Assam Mental Hospital (Tezpur, India) - 1933-1948
Year: 1933
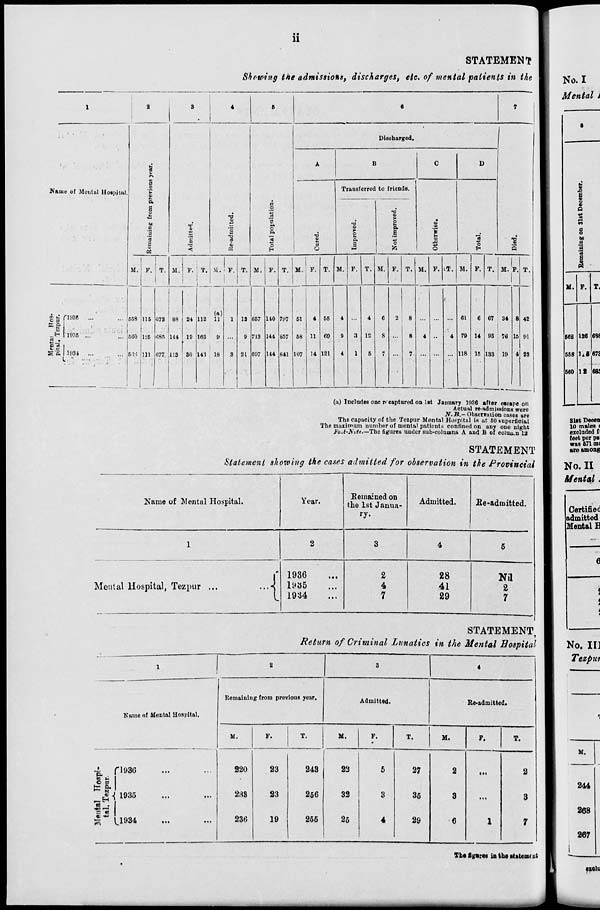
ii
STATEMENT
Showing the admissions, discharges, etc. of mental patients in the
1
Name of Mental Hospital.
Mental Hos-
pital, Tezpur.
1936 ... ...
1935 ... ...
1934 ... ...
2
Remaining from previous year.
M.
558
560
566
F.
115
125
111
T.
673
685
677
3
Admitted.
M.
88
144
113
F.
24
19
30
T.
112
163
143
4
Re-admitted.
M.
(a)
11
9
18
F.
1
...
3
T.
12
9
21
5
Total population.
M.
657
713
697
F.
140
144
144
T.
797
857
841
6
Discharged.
A
Cured.
M.
51
58
107
F.
4
11
14
T.
55
69
121
B
Transferred to friends.
Improved.
M.
4
9
4
F.
...
3
1
T.
4
12
5
Not improved.
M.
6
8
7
F.
2
...
...
T.
8
8
7
C
Otherwise.
M.
...
4
...
F.
...
...
...
T.
...
4
...
D
Total.
M.
61
79
118
F.
6
14
15
T.
67
93
133
7
Died.
M.
34
76
19
F.
8
15
4
T.
42
91
23
(a) Includes one recaptured on 1st January 1936 after escape on
Actual re-admissions were
N.B.—Observation cases are
The capacity of the Tezpur Mental Hospital is at 50 superficial
The maximum number of mental patients confined on any one night
Foot-Note.—The figures under sub-columns A and B of column 12
STATEMENT
Statement showing the cases admitted for observation in the Provincial
Name of Mental Hospital.
1
Mental Hospital, Tezpur ...
...
Year.
2
1936 ...
1935 ...
1934 ...
Remained on
the 1st Janua-
ry.
3
2
4
7
Admitted.
4
28
41
29
Re-admitted.
5
Nil
2
7
STATEMENT,
Return of Criminal Lunatics in the Mental Hospital
1
Name of Mental Hospital.
Mental Hospi-
tal, Tezpur.
1936 ... ...
1935
...
...
1934 ... ...
2
Remaining from previous year.
M.
220
238
236
F.
23
23
19
T.
243
256
255
3
Admitted.
M.
22
32
25
F.
5
3
4
T.
27
35
29
4
Re-admitted.
M.
2
3
6
F.
...
...
1
T.
2
3
7
The figures in the statement